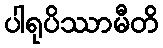
ပါရုပိဿာမီတိ